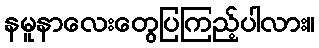
နမူနာလေးတွေပြကြည့်ပါလား။